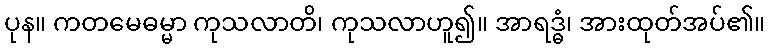
ပုန။ ကတမေဓမ္မာ ကုသလာတိ၊ ကုသလာဟူ၍။ အာရဒ္ဓံ၊ အားထုတ်အပ်၏။